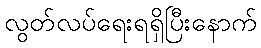
လွတ်လပ်ရေးရရှိပြီးနောက်